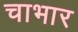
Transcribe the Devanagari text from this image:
चाभार